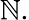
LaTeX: \mathbb{N}.